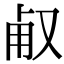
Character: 𠭉